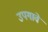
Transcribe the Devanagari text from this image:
उपगावे